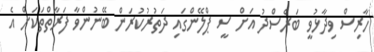
ހާރިސް ވިދާޅުވީ ބަރެސްދު އަށް ސީ ޕްލޭންގައި ދަތުރުކުރަން ބޭނުންވާ ފަރާތްތަކަށް އެ